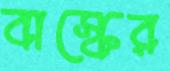
বাস্কের